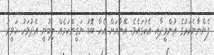
ފެންނާނެކަމުގެ އުންމީދާއި އެކުގައެވެ. އޭނާއަށް އެހާ ބޮޑު ޔަޤީންކަމެއް ލިބުނީ އެދުވަހު ހަވީރު